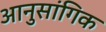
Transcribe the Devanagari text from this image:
आनुसांगिक